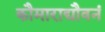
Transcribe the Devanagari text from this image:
कौमाराद्यौवनं